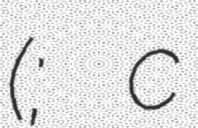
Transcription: (; c